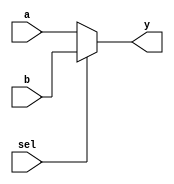
`timescale 1ns / 1ns

module mux2_2(sel, a, b, y);

	input sel;
	input   a, b;
	output  y;
	
	assign y = sel ? b : a;
	
endmodule